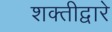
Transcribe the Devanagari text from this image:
शक्तीद्वारे